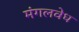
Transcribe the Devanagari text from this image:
मंगलवेध